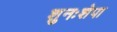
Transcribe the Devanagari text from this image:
शुनःशेपा